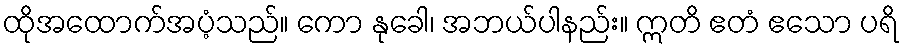
ထိုအထောက်အပံ့သည်။ ကော နုခေါ၊ အဘယ်ပါနည်း။ ဣတိ ဧတံ ဧသော ပရိ